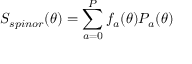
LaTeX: S _ { s p i n o r } ( \theta ) = \sum _ { a = 0 } ^ { P } f _ { a } ( \theta ) { \cal P } _ { a } ( \theta )